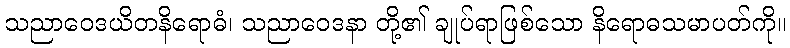
သညာဝေဒယိတနိရောဓံ၊ သညာဝေဒနာ တို့၏ ချုပ်ရာဖြစ်သော နိရောဓသမာပတ်ကို။